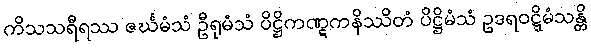
ကိသသရီရဿ ဇင်္ဃမံသံ ဦရုမံသံ ပိဋ္ဌိကဏ္ဋကနိဿိတံ ပိဋ္ဌိမံသံ ဥဒရဝဋ္ဋိမံသန္တိ